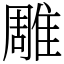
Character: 雕